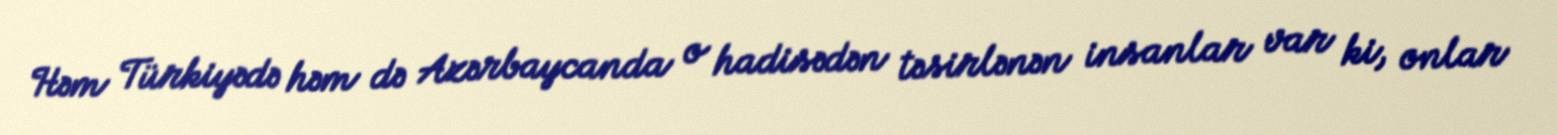
Həm Türkiyədə həm də Azərbaycanda o hadisədən təsirlənən insanlar var ki, onlar